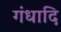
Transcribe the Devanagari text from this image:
गंधादि